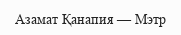
Азамат Қанапия — Мэтр